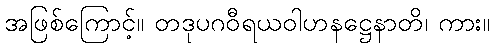
အဖြစ်ကြောင့်။ တဒုပဂဝီရယဝါဟနဋ္ဌေနာတိ၊ ကား။